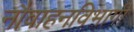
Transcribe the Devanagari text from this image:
नौवाहनविभागी